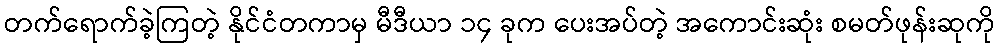
တက်ရောက်ခဲ့ကြတဲ့ နိုင်ငံတကာမှ မီဒီယာ ၁၄ ခုက ပေးအပ်တဲ့ အကောင်းဆုံး စမတ်ဖုန်းဆုကို